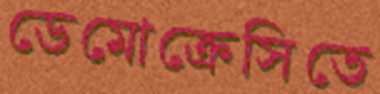
ডেমোক্রেসিতে